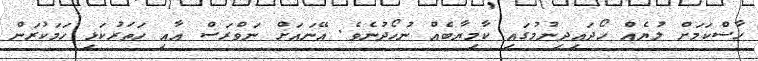
ހާސްކަމަށް ލުޔެއް ހޯދައިދިނުމުގައި ކާމިޔާބެއް ނުހޯދުނެވެ. އޭނައަށް ނަވްރަސް އާއި ހަތަރުކަޅި ހަމަކުރަން